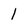
Character: 1